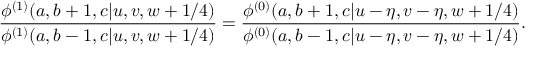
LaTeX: \displaystyle { \frac { \phi ^ { ( 1 ) } ( a , b + 1 , c | u , v , w + 1 / 4 ) } { \phi ^ { ( 1 ) } ( a , b - 1 , c | u , v , w + 1 / 4 ) } } = \displaystyle { \frac { \phi ^ { ( 0 ) } ( a , b + 1 , c | u - \eta , v - \eta , w + 1 / 4 ) } { \phi ^ { ( 0 ) } ( a , b - 1 , c | u - \eta , v - \eta , w + 1 / 4 ) } } .